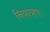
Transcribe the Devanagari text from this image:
नियन्त्रणः